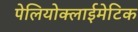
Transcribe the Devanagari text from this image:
पेलियोक्लाईमेटिक